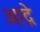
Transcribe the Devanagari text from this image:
आद्गे